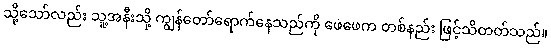
သို့သော်လည်း သူ့အနီးသို့ ကျွန်တော်ရောက်နေသည်ကို ဖေဖေက တစ်နည်း ဖြင့်သိတတ်သည်။